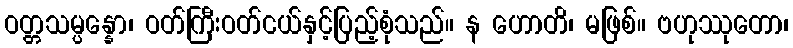
ဝတ္တသမ္ပန္နော၊ ဝတ်ကြီးဝတ်ငယ်နှင့်ပြည့်စုံသည်။ န ဟောတိ၊ မဖြစ်။ ဗဟုဿုတော၊